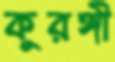
কুরঙ্গী